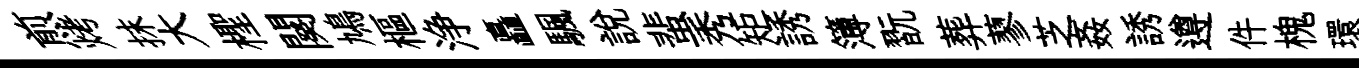
煎烤抹大檉闋鳩樞浄矗颿説蜚秀矩誘簿翫葬蓼芝姦誘遵件槐環